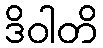
ဒိဝါတိ